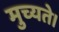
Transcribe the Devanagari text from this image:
मुच्यते।